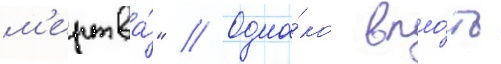
м'ертва́" // Одна́ко впло́ть